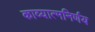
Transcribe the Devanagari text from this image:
काव्यात्मनिर्णय